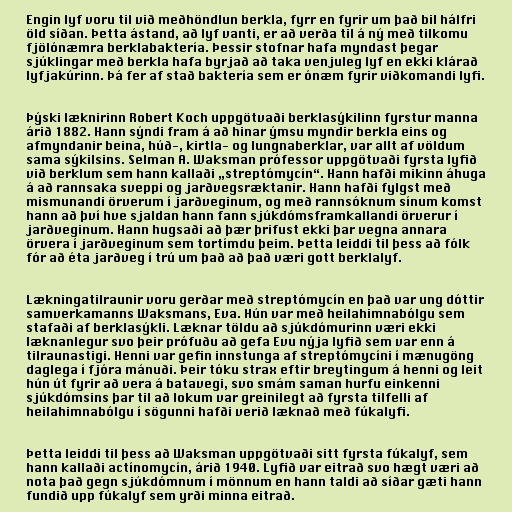
Engin lyf voru til við meðhöndlun berkla, fyrr en fyrir um það bil hálfri
öld síðan. Þetta ástand, að lyf vanti, er að verða til á ný með tilkomu
fjölónæmra berklabaktería. Þessir stofnar hafa myndast þegar
sjúklingar með berkla hafa byrjað að taka venjuleg lyf en ekki klárað
lyfjakúrinn. Þá fer af stað baktería sem er ónæm fyrir viðkomandi lyfi.

Þýski læknirinn Robert Koch uppgötvaði berklasýkilinn fyrstur manna
árið 1882. Hann sýndi fram á að hinar ýmsu myndir berkla eins og
afmyndanir beina, húð-, kirtla- og lungnaberklar, var allt af völdum
sama sýkilsins. Selman A. Waksman prófessor uppgötvaði fyrsta lyfið
við berklum sem hann kallaði „streptómycín“. Hann hafði mikinn áhuga
á að rannsaka sveppi og jarðvegsræktanir. Hann hafði fylgst með
mismunandi örverum í jarðveginum, og með rannsóknum sínum komst
hann að því hve sjaldan hann fann sjúkdómsframkallandi örverur í
jarðveginum. Hann hugsaði að þær þrifust ekki þar vegna annara
örvera í jarðveginum sem tortímdu þeim. Þetta leiddi til þess að fólk
fór að éta jarðveg í trú um það að það væri gott berklalyf.

Lækningatilraunir voru gerðar með streptómycín en það var ung dóttir
samverkamanns Waksmans, Eva. Hún var með heilahimnabólgu sem
stafaði af berklasýkli. Læknar töldu að sjúkdómurinn væri ekki
læknanlegur svo þeir prófuðu að gefa Evu nýja lyfið sem var enn á
tilraunastigi. Henni var gefin innstunga af streptómycíni í mænugöng
daglega í fjóra mánuði. Þeir tóku strax eftir breytingum á henni og leit
hún út fyrir að vera á batavegi, svo smám saman hurfu einkenni
sjúkdómsins þar til að lokum var greinilegt að fyrsta tilfelli af
heilahimnabólgu í sögunni hafði verið læknað með fúkalyfi.

Þetta leiddi til þess að Waksman uppgötvaði sitt fyrsta fúkalyf, sem
hann kallaði actínomycín, árið 1940. Lyfið var eitrað svo hægt væri að
nota það gegn sjúkdómnum í mönnum en hann taldi að síðar gæti hann
fundið upp fúkalyf sem yrði minna eitrað.